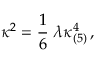
\kappa ^ { 2 } = \frac { 1 } { 6 } \; \lambda \kappa _ { ( 5 ) } ^ { 4 } \, ,